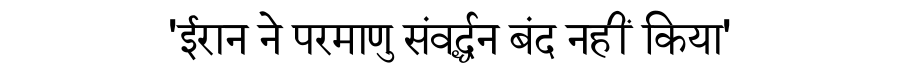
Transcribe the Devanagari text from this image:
'ईरान ने परमाणु संवर्द्धन बंद नहीं किया'